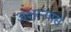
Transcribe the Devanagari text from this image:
अक्षरन्यास